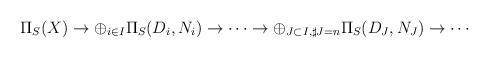
LaTeX: \begin{align*}\Pi_S(X) \rightarrow \oplus_{i \in I} \Pi_S(D_i,N_i)\rightarrow \cdots \rightarrow \oplus_{J \subset I, \sharp J=n} \Pi_S(D_J,N_J) \rightarrow \cdots\end{align*}